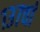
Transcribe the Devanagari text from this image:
१३७वां